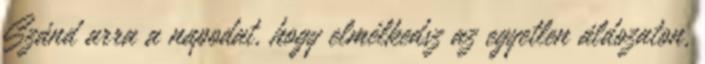
Szánd arra a napodat, hogy elmélkedsz az egyetlen áldozaton,